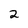
Character: 2